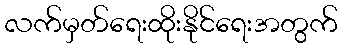
လက်မှတ်ရေးထိုးနိုင်ရေးအတွက်